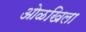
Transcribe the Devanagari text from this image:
ओळखिला